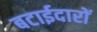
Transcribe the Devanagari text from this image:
बटाईदारों